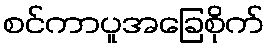
စင်ကာပူအခြေစိုက်